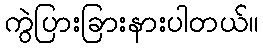
ကွဲပြားခြားနားပါတယ်။